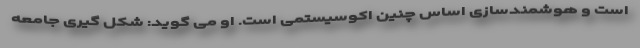
است و هوشمندسازی اساس چنین اکوسیستمی است. او می گوید: شکل گیری جامعه